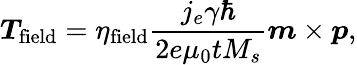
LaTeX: \boldsymbol{T}_{\mathrm{field}}={\eta}_{\mathrm{field}}\frac{j_{e}\gamma\hbar}{2e{\mu}_{0}tM_{s}}\boldsymbol{m}\times\boldsymbol{p},